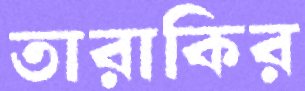
তারাকির